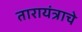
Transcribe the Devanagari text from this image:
तारायंत्राचे